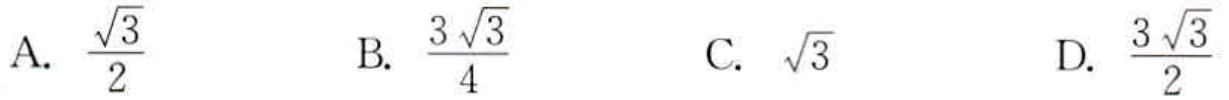
A. $\frac{\sqrt{3}}{2}$ B. $\frac{3\sqrt{3}}{4}$ C. $\sqrt{3}$ D. $\frac{3\sqrt{3}}{2}$